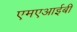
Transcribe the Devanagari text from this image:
एमएआईबी